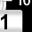
Digit: 1